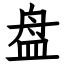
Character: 盘